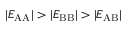
\lvert E _ { \mathrm { A A } } \rvert > \lvert E _ { \mathrm { B B } } \rvert > \lvert E _ { \mathrm { A B } } \rvert